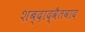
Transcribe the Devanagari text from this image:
शब्दाद्वैतवाद